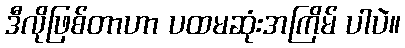
ဒီလိုဖြစ်တာဟာ ပထမဆုံးအကြိမ် ပါပဲ။